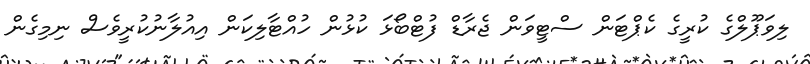
ލިވަޕޫލްގެ ކުރީގެ ކެޕްޓަން ސްޓީވަން ޖެެރާޑް ފުޓްބޯޅަ ކުޅުން ހުއްޓާލިކަން އިއުލާނުކުރީވެސް ނިމިގެން